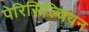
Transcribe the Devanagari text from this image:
पेरिसिल्वियन